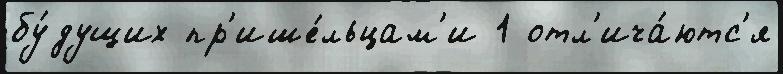
бу́дущих пр'ише́льцам'и 1 отл'ича́ютс'я